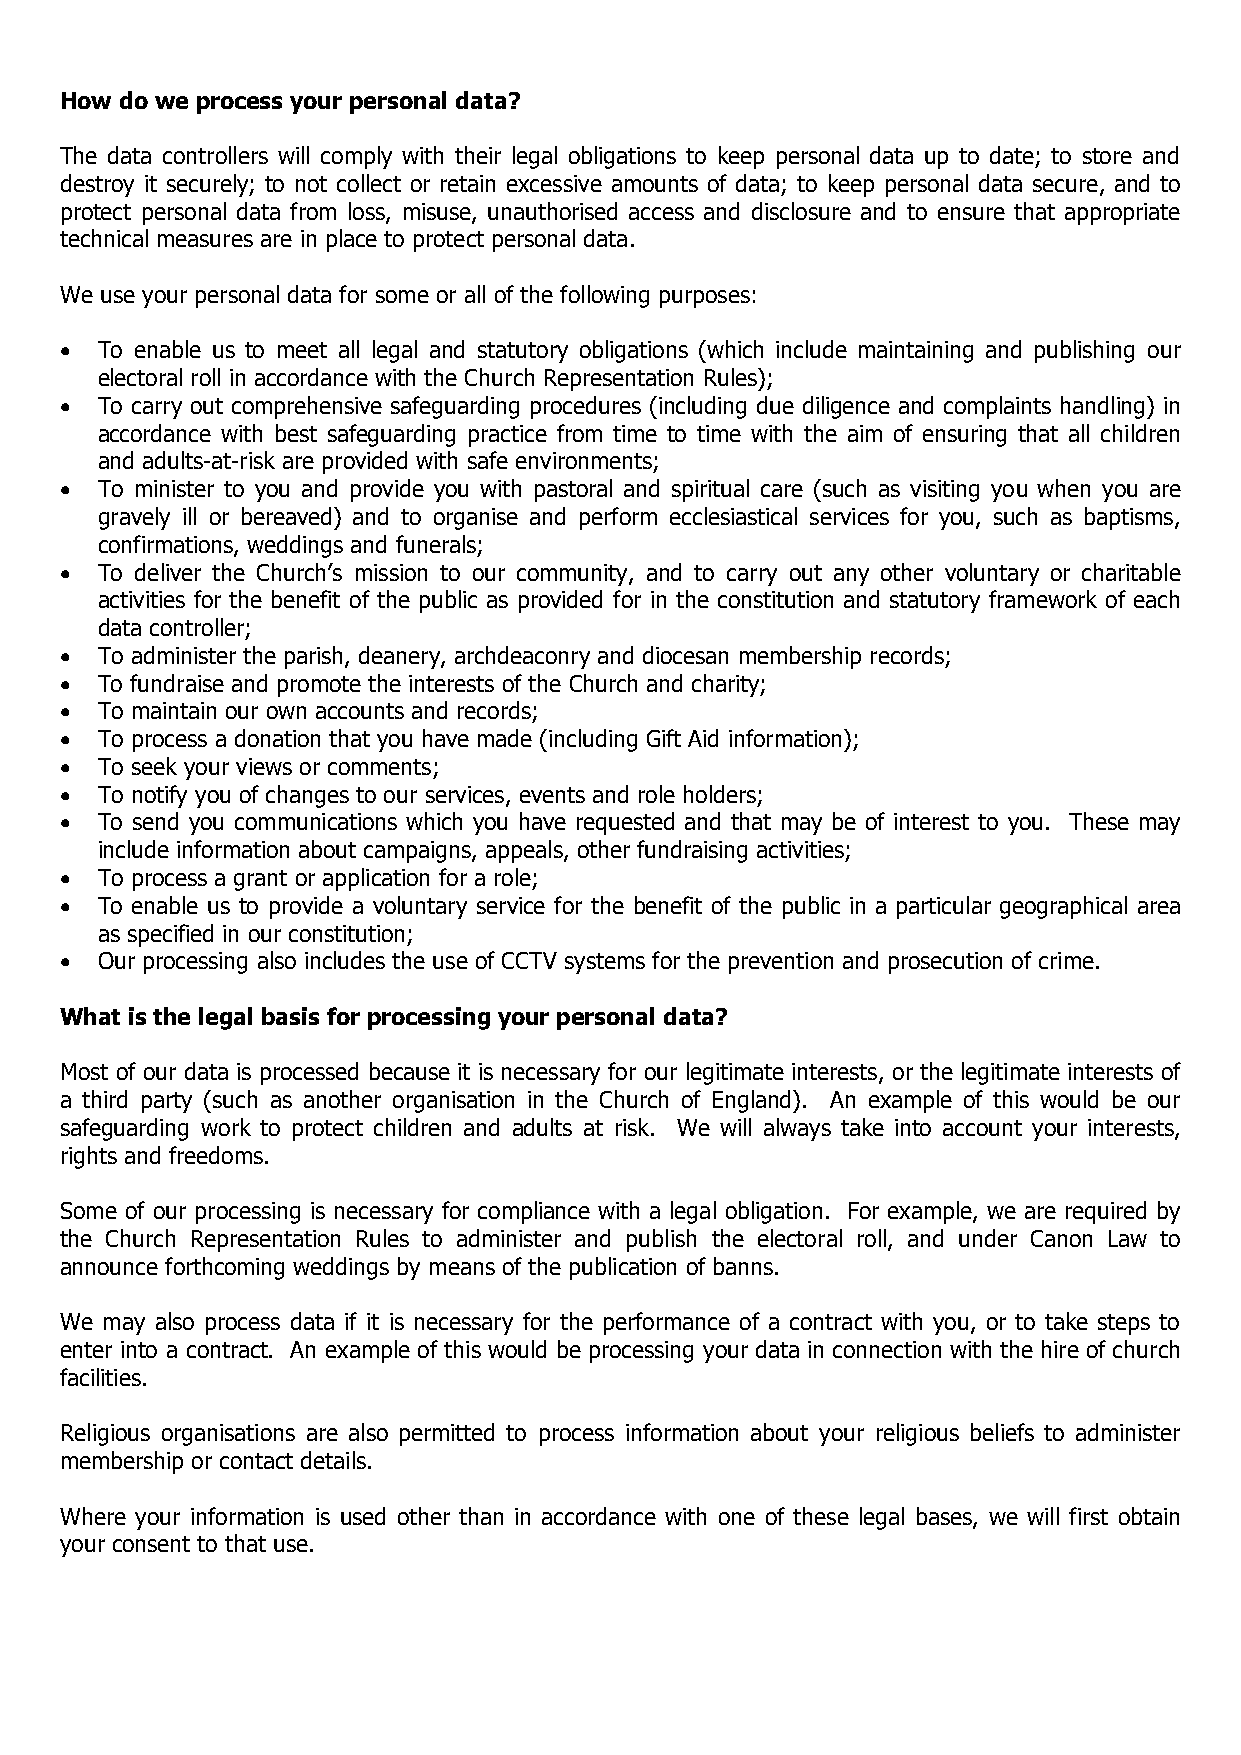
How do we process your personal data?
 The data controllers will comply with their legal obligations to keep personal data up to date; to store and
 destroy it securely; to not collect or retain excessive amounts of data; to keep personal data secure, and to
 protect personal data from loss, misuse, unauthorised access and disclosure and to ensure that appropriate
 technical measures are in place to protect personal data.
 We use your personal data for some or all of the following purposes:
 • To enable us to meet all legal and statutory obligations (which include maintaining and publishing our
 electoral roll in accordance with the Church Representation Rules);
 • To carry out comprehensive safeguarding procedures (including due diligence and complaints handling) in
 accordance with best safeguarding practice from time to time with the aim of ensuring that all children
 and adults-at-risk are provided with safe environments;
 • To minister to you and provide you with pastoral and spiritual care (such as visiting you when you are
 gravely ill or bereaved) and to organise and perform ecclesiastical services for you, such as baptisms,
 confirmations, weddings and funerals;
 • To deliver the Church’s mission to our community, and to carry out any other voluntary or charitable
 activities for the benefit of the public as provided for in the constitution and statutory framework of each
 data controller;
 • To administer the parish, deanery, archdeaconry and diocesan membership records;
 • To fundraise and promote the interests of the Church and charity;
 • To maintain our own accounts and records;
 • To process a donation that you have made (including Gift Aid information);
 • To seek your views or comments;
 • To notify you of changes to our services, events and role holders;
 • To send you communications which you have requested and that may be of interest to you. These may
 include information about campaigns, appeals, other fundraising activities;
 • To process a grant or application for a role;
 • To enable us to provide a voluntary service for the benefit of the public in a particular geographical area
 as specified in our constitution;
 • Our processing also includes the use of CCTV systems for the prevention and prosecution of crime.
 What is the legal basis for processing your personal data?
 Most of our data is processed because it is necessary for our legitimate interests, or the legitimate interests of
 a third party (such as another organisation in the Church of England). An example of this would be our
 safeguarding work to protect children and adults at risk. We will always take into account your interests,
 rights and freedoms.
 Some of our processing is necessary for compliance with a legal obligation. For example, we are required by
 the Church Representation Rules to administer and publish the electoral roll, and under Canon Law to
 announce forthcoming weddings by means of the publication of banns.
 We may also process data if it is necessary for the performance of a contract with you, or to take steps to
 enter into a contract. An example of this would be processing your data in connection with the hire of church
 facilities.
 Religious organisations are also permitted to process information about your religious beliefs to administer
 membership or contact details.
 Where your information is used other than in accordance with one of these legal bases, we will first obtain
 your consent to that use.